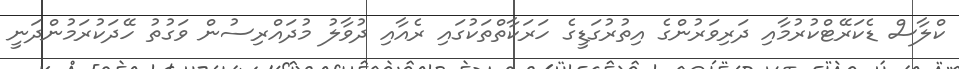
ކްލާސް ޑެކަރޭޓްކުރުމާއި ދަރިވަރުންގެ އިތުރުގަޑީގެ ހަރަކާތްތަކުގައި ރެއާއި ދުވާލު މުދައްރިސުން ވަގުތު ހޭދަކުރަމުންދަނީ